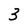
Character: 3